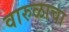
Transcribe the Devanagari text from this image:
वारुळाचा